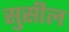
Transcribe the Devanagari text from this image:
सुसील